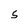
Character: 5